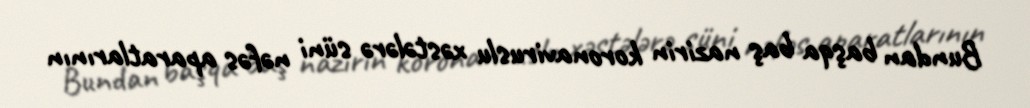
Bundan başqa baş nazirin koronaviruslu xəstələrə süni nəfəs aparatlarının